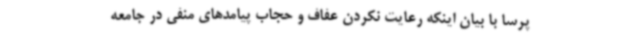
پرسا با بیان اینکه رعایت نکردن عفاف و حجاب پیامدهای منفی در جامعه